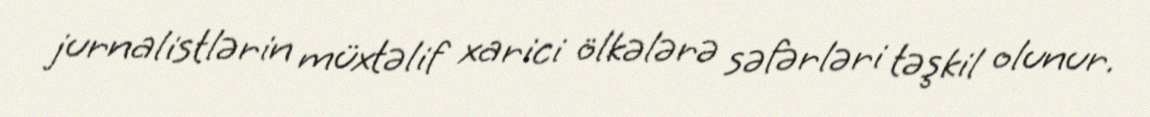
jurnalistlərin müxtəlif xarici ölkələrə səfərləri təşkil olunur.